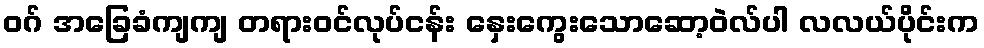
ဝဂ် အခြေခံကျကျ တရားဝင်လုပ်ငန်း နှေးကွေးသောဆော့ဝဲလ်ပါ လလယ်ပိုင်းက